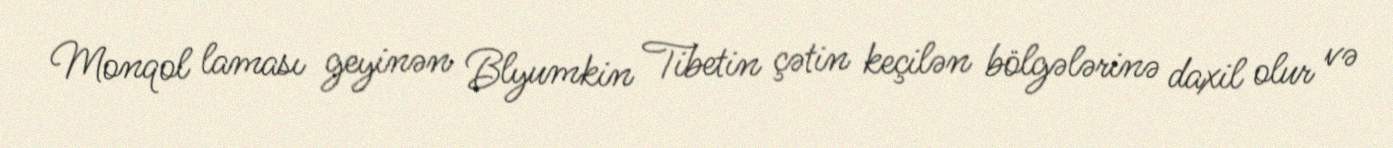
Monqol laması geyinən Blyumkin Tibetin çətin keçilən bölgələrinə daxil olur və